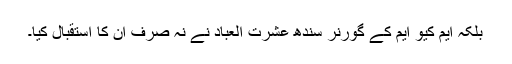
بلکہ ایم کیو ایم کے گورنر سندھ عشرت العباد نے نہ صرف ان کا استقبال کیا۔